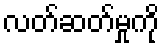
လတ်ဆတ်မှုကို